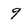
Character: 9